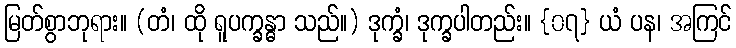
မြတ်စွာဘုရား။ (တံ၊ ထို ရူပက္ခန္ဓာ သည်။) ဒုက္ခံ၊ ဒုက္ခပါတည်း။ {၀၇} ယံ ပန၊ အကြင်